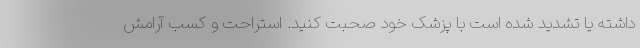
داشته یا تشدید شده است با پزشک خود صحبت کنید. استراحت و کسب آرامش